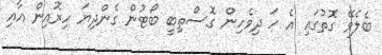
ބެލެވޭ ގޮތުގައި އެ ހަ ދިވެހިން ގޮސްތިބީ ބޯޓުން ގެންދިޔަ ހިރޮއިން އާއި